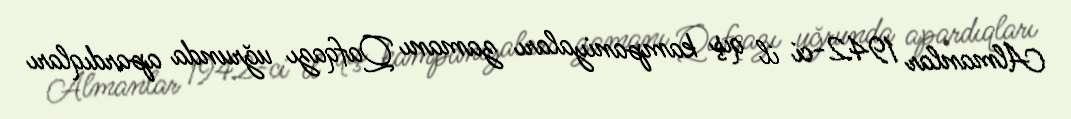
Almanlar 1942-ci il qış kampaniyaları zamanı Qafqazı uğrunda apardıqları